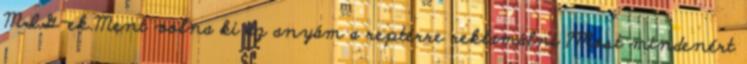
MIG-ek.Ment volna ki az anyám a reptérre reklamálni ?Most mindenért